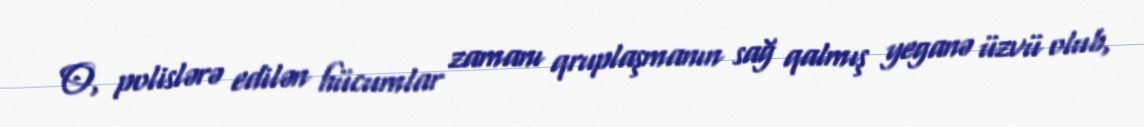
O, polislərə edilən hücumlar zamanı qruplaşmanın sağ qalmış yeganə üzvü olub,